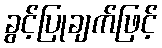
ခွင့်ပြုချက်ဖြင့်